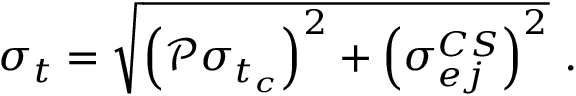
\sigma _ { t } = \sqrt { \Big ( \mathscr { P } \sigma _ { t _ { c } } \Big ) ^ { 2 } + \Big ( \sigma _ { e j } ^ { C S } \Big ) ^ { 2 } } ~ .